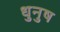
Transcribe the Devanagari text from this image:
धुनुष